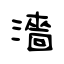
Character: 濇